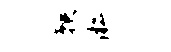
鞅淞